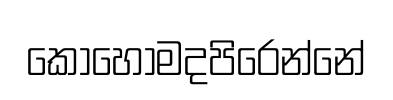
කොහොමදපිරෙන්නේ